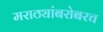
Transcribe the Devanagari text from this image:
मराठ्यांबरोबरच